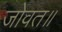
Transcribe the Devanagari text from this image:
जोवत॥